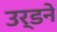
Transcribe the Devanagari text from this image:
उर्डने